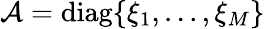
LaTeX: \mathcal{A}=\mathrm{diag}\{ \xi_{1},...,\xi_{M}\}